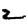
Digit: 2